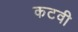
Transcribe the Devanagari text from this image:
कटवी